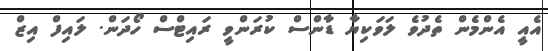
އެއީ އެންމެން ތެދުވެ ލަވަކިޔާ ޑާންސް ކުރަންވީ ރައިޓްސް ހޯދަން. ލައިފް އިޒް